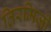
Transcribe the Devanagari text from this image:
तिरमिज़ी